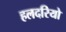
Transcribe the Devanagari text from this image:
हलदरियो